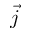
\vec { j }